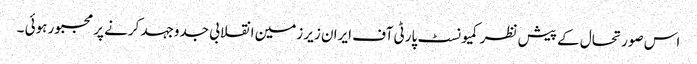
اس صورتحال کے پیش نظر کمیونسٹ پارٹی آف ایران زیر زمین انقلابی جدوجہد کرنے پر مجبور ہوئی ۔